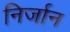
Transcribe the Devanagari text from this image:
निर्जान